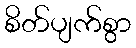
စိတ်ပျက်စွာ